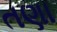
તણા